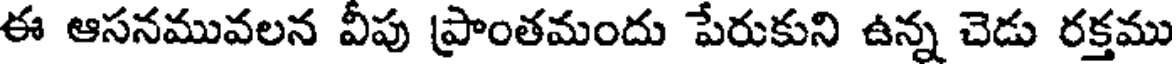
ఈ ఆసనమువలన వీపు ప్రాంతమందు పేరుకుని ఉన్న చెడు రక్తము